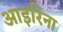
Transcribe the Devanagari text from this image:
आइरिना